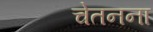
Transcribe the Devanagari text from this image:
चेतनना